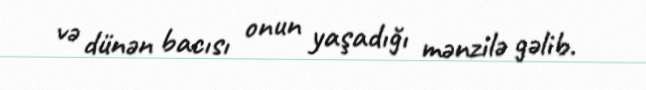
və dünən bacısı onun yaşadığı mənzilə gəlib.